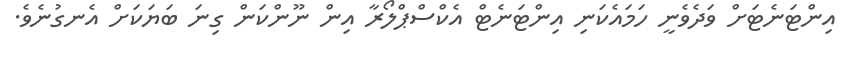
އިންޓަނެޓަށް ވަދެވެނީ ހަމައެކަނި އިންޓަނެޓް އެކްސްޕްލޯރާ އިން ނޫންކަން ގިނަ ބަޔަކަށް އެނގުނެވެ.